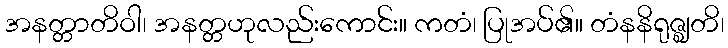
အနတ္တာတိဝါ၊ အနတ္တဟုလည်းကောင်း။ ကတံ၊ ပြုအပ်၏။ တံနနိရုဇ္ဈတိ၊